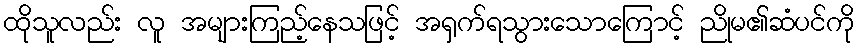
ထိုသူလည်း လူ အများကြည့်နေသဖြင့် အရှက်ရသွားသောကြောင့် ညိုမ၏ဆံပင်ကို